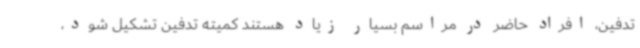
تدفین، افراد حاضر در مراسم بسیار زیاد هستند کمیته تدفین تشکیل شود،